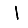
Digit: 1